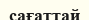
сағаттай